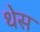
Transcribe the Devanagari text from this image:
थेस